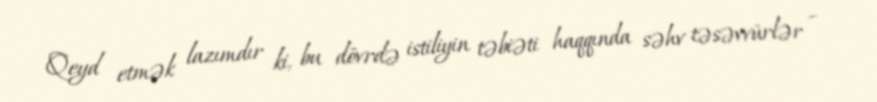
Qeyd etmək lazımdır ki, bu dövrdə istiliyin təbiəti haqqında səhv təsəvvürlər –